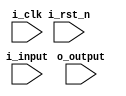
module sorter #(
    parameter DATA_W = 82
) (
    input i_clk,
    input i_rst_n,
    input [DATA_W*8-1:0] i_input,
    input [DATA_W*8-1:0] o_output
);

    reg [DATA_W*8-1:0] o_output_r, o_output_w;

    wire [DATA_W-1:0] i_input_ [0:7]; // 8DATA_Wwirearrayi_input_[0]18bitwire
    integer i;

    reg [DATA_W-1:0] stage_1_r [0:7];
    reg [DATA_W-1:0] stage_1_w [0:7];
    reg [DATA_W-1:0] stage_2_r [0:7];
    reg [DATA_W-1:0] stage_2_w [0:7];
    reg [DATA_W-1:0] stage_3_r [0:7];
    reg [DATA_W-1:0] stage_3_w [0:7];
    reg [DATA_W-1:0] stage_4_r [0:7];
    reg [DATA_W-1:0] stage_4_w [0:7];
    reg [DATA_W-1:0] stage_5_r [0:7];
    reg [DATA_W-1:0] stage_5_w [0:7];
    reg [DATA_W-1:0] stage_6_r [0:7];
    reg [DATA_W-1:0] stage_6_w [0:7];


    //assign o_output = o_output_r;

    // combinational part

    // stage1
    always @(*) begin
        stage_1_w[0] = (i_input_[0] < i_input_[1]) ? i_input_[0] : i_input_[1];
        stage_1_w[1] = (i_input_[0] > i_input_[1]) ? i_input_[0] : i_input_[1];

        stage_1_w[2] = (i_input_[2] < i_input_[3]) ? i_input_[3] : i_input_[2];
        stage_1_w[3] = (i_input_[2] > i_input_[3]) ? i_input_[3] : i_input_[2];

        stage_1_w[4] = (i_input_[4] < i_input_[5]) ? i_input_[4] : i_input_[5];
        stage_1_w[5] = (i_input_[4] > i_input_[5]) ? i_input_[4] : i_input_[5];

        stage_1_w[6] = (i_input_[6] < i_input_[7]) ? i_input_[7] : i_input_[6];
        stage_1_w[7] = (i_input_[6] > i_input_[7]) ? i_input_[7] : i_input_[6];
        // if (i_input_[0] > i_input_[1]) begin
        //     stage_1_w[1] = i_input_[0];
        //     stage_1_w[0] = i_input_[1];
        // end else begin
        //     stage_1_w[1] = i_input_[1];
        //     stage_1_w[0] = i_input_[0];
        // end
    end

    // stage2
    always @(*) begin
        stage_1_w[0] = (stage_1_r[0] < stage_1_r[2]) ? stage_1_r[0] : stage_1_r[2];
        stage_1_w[0] = (stage_1_r[0] > stage_1_r[2]) ? stage_1_r[0] : stage_1_r[2];
        // ...
    end

    // ...

    //
    assign o_output[7:0] = stage_6_r[0];
    assign o_output[15:8] = stage_6_r[1];
    assign o_output[23:16] = stage_6_r[2];
    // ...
    

    // sequential part
    always @(posedge i_clk or negedge i_rst_n) begin
        if (~i_rst_n) begin
            o_output_r <= 0;
            for (i = 0; i < 8; i=i+1) begin
                stage_1_r[i] <= 0;
                stage_2_r[i] <= 0;
                stage_3_r[i] <= 0;
                stage_4_r[i] <= 0;
                stage_5_r[i] <= 0;
                stage_6_r[i] <= 0;
            end
        end else begin
            for (i = 0; i < 8; i=i+1) begin
                stage_1_r[i] <= stage_1_w[i];
                stage_2_r[i] <= stage_2_w[i];
                stage_3_r[i] <= stage_3_w[i];
                stage_4_r[i] <= stage_4_w[i];
                stage_5_r[i] <= stage_5_w[i];
                stage_6_r[i] <= stage_6_w[i];
            end
            //o_output_r <= o_output_w;
        end
    end

endmodule